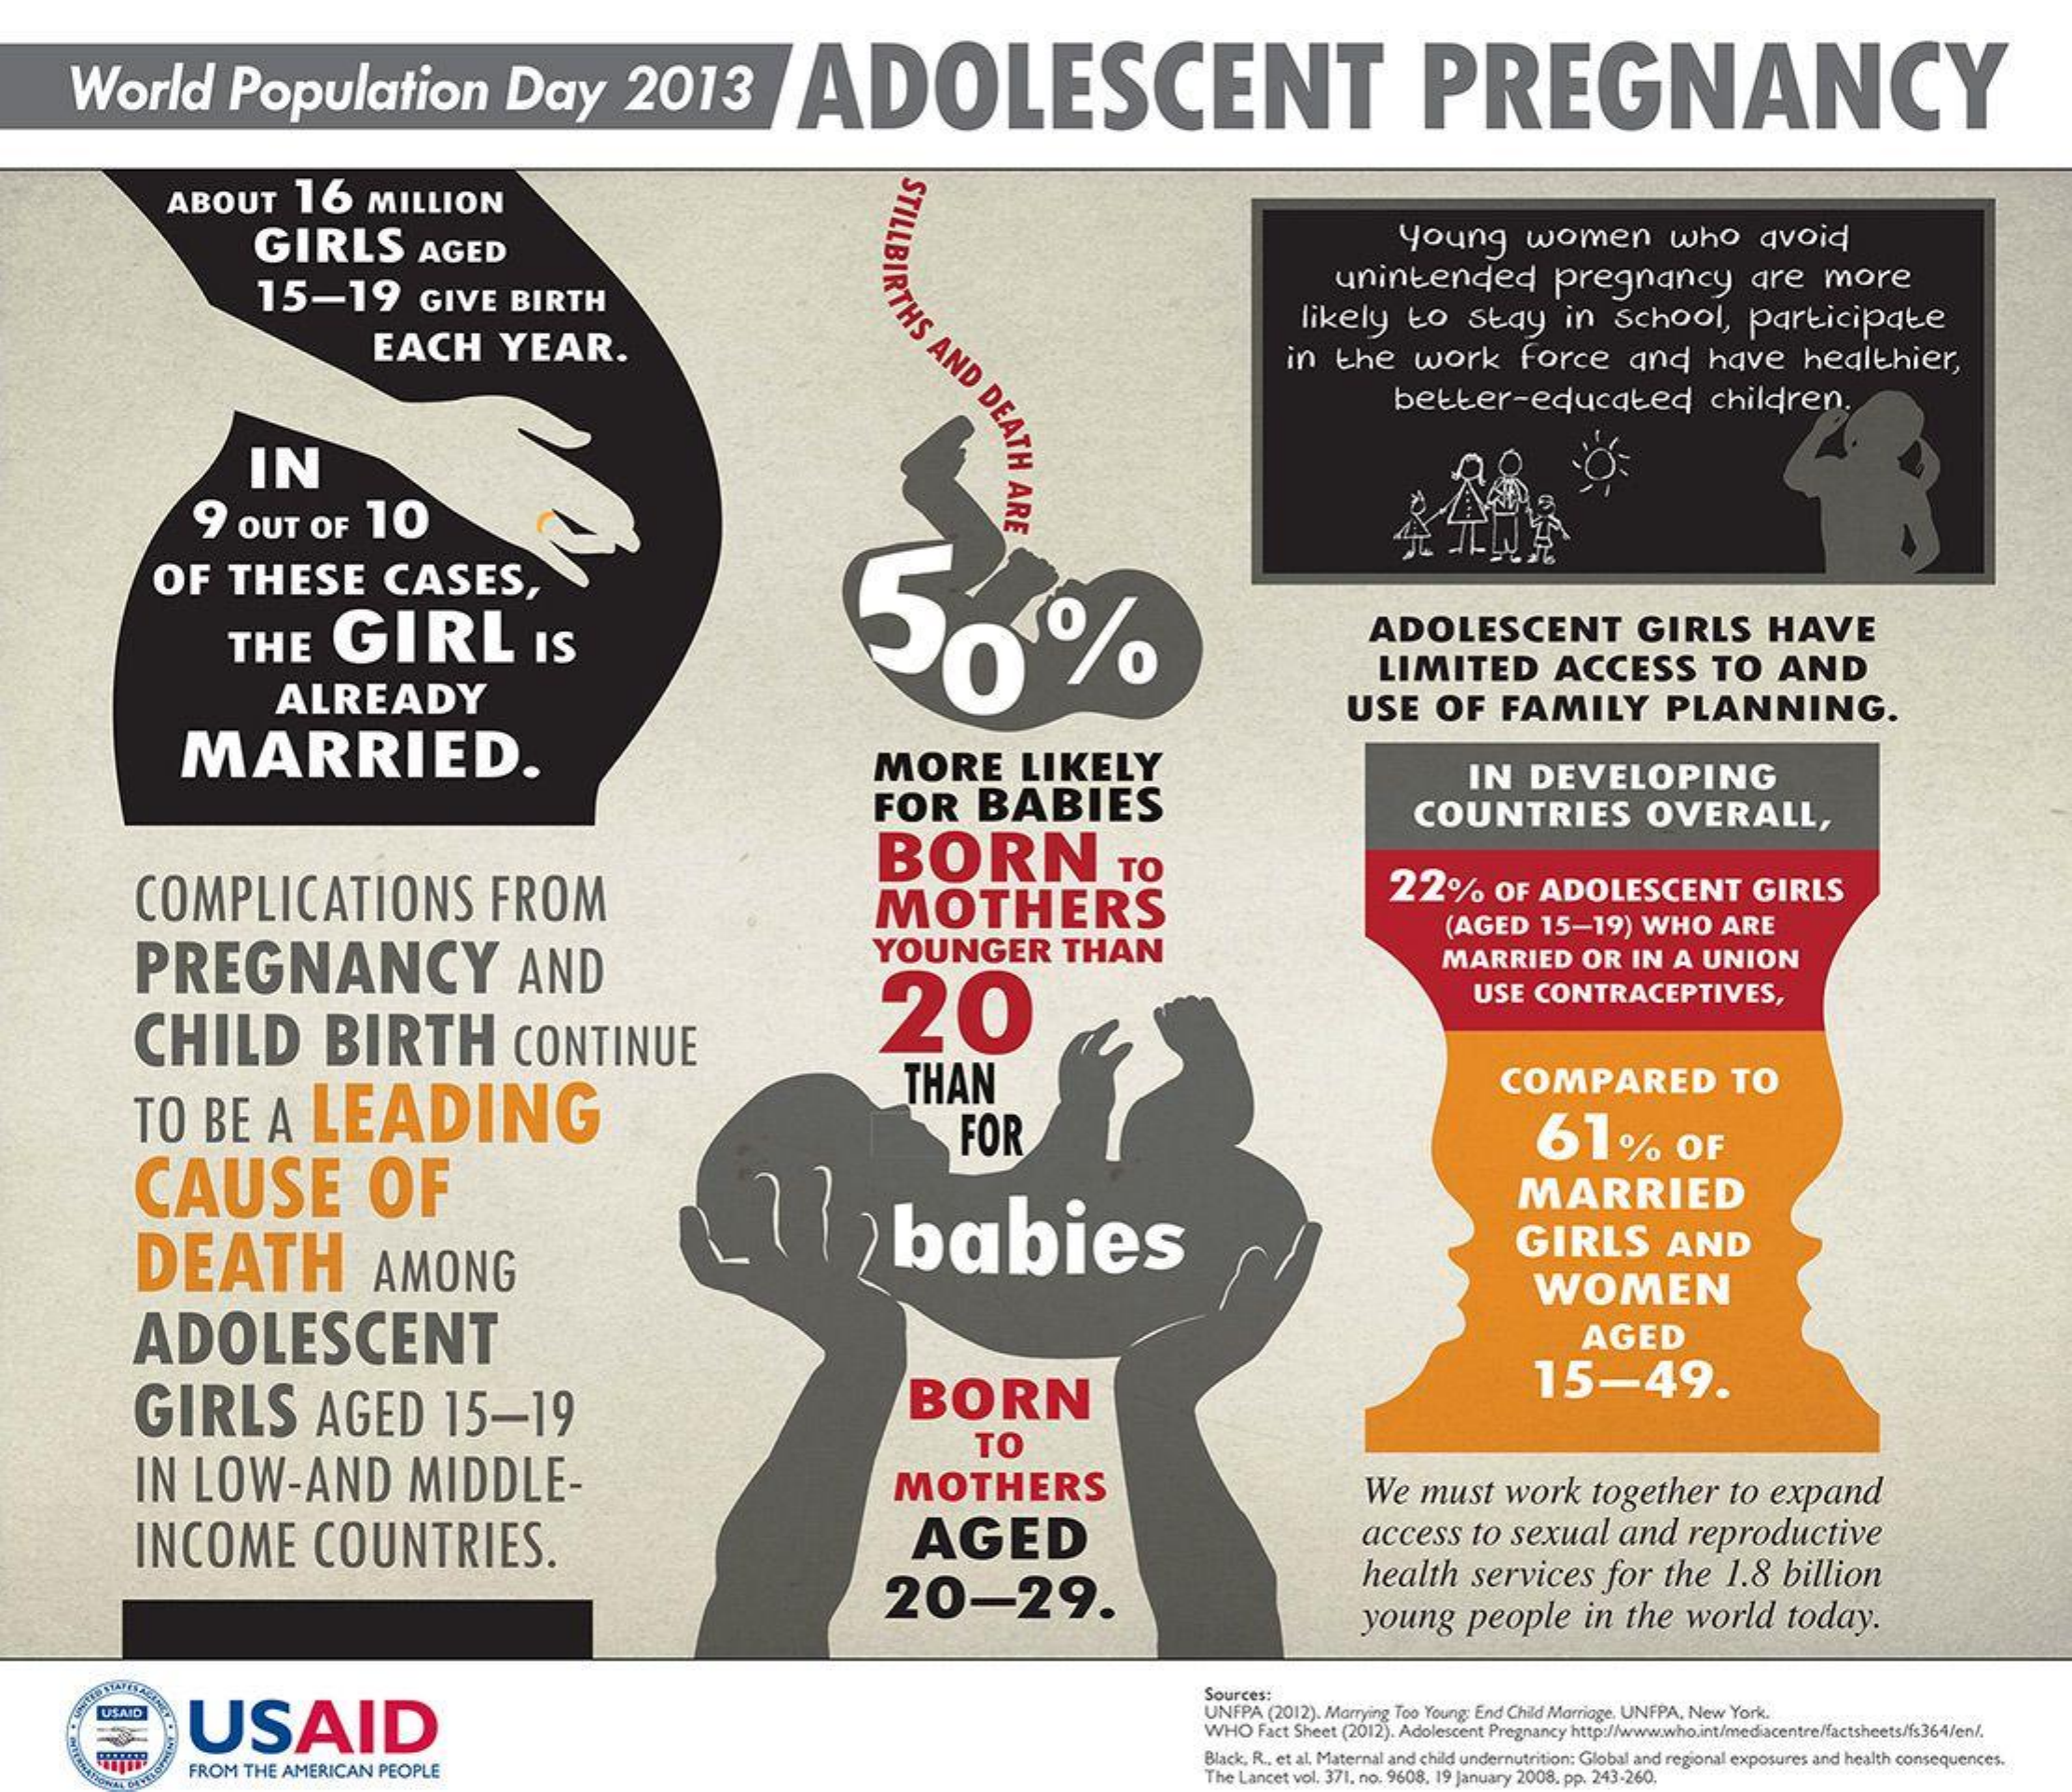
World    Population    Day    2013    ADOLESCENT    PREGNANCY
     ABOUT    16    MILLION
     STILLBIRTHS
     AND
     DEATH
     ADA
     GIRLS    AGED    young    women    who    avoid
     15-19    GIVE    BIRTH
     unintended    pregnancy    are    more
     EACH    YEAR.
     likely    to    stay    in    school,    participate
     in   the    work    force    and    have    healthier,
     better-educated    children.
     IN
     9   OUT    OF    10
     OF    THESE    CASES,
     THE    GIRL    IS    ADOLESCENT    GIRLS    HAVE
     ALREADY
     LIMITED    ACCESS    TO    AND
     MARRIED.
     USE    OF    FAMILY    PLANNING.
     MORE    LIKELY
     FOR    BABIES
     IN    DEVELOPING
     COMPLICATIONS    FROM
     BORN    TO
     COUNTRIES    OVERALL,
     MOTHERS
     22%    OF   ADOLESCENT    GIRLS
     PREGNANCY    AND
     YOUNGER    THAN
     (AGED    15-19)    WHO    ARE
     20
     MARRIED    OR   IN   A   UNION
     CHILD    BIRTH    CONTINUE
     USE    CONTRACEPTIVES,
     TO    BE    A    LEADING
     THAN    COMPARED    TO
     CAUSE    OF    11)    babies
     FOR    61%    OF
     MARRIED
     DEATH    AMONG
     GIRLS    AND
     ADOLESCENT
     WOMEN
     AGED
     GIRLS    AGED    15-19    BORN    15-49.
     IN   LOW-AND    MIDDLE-
     TO
     MOTHERS    We    must    work    together    to  expand
     INCOME    COUNTRIES.    AGED    access    to  sexual    and    reproductive
     20-29.
     health    services    for    the    1.8   billion
     young    people    in   the    world    today.
     USAID
     Sources:
     UNFPA  (2012). Marrying Too Young: End Child Marriage, UNFPA, New York.
     WHO  Fact Sheet (2012). Adolescent Pregnancy http:/www.who.int/mediacentre/factsheets/fs364/en/
     FROM  THE  AMERICAN   PEOPLE
     Black, R ., et al. Maternal and child undernutrition: Global and regional exposures and health consequences.
     The Lancet vol. 371, no. 9608, 19 January 2008, pp. 243-260.